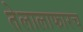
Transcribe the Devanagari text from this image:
तेलालाफारच